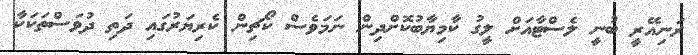
ރަނިއޭރީ ބުނީ ލެސްޓާއަށް ލީގު ކާމިޔާބުކޮށްދިން ނަމަވެސް ކޯޗިން ކެރިޔަރުގައި ދަތި ދުވަސްތަކަކާ